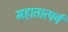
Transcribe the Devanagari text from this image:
महातात्पर्य